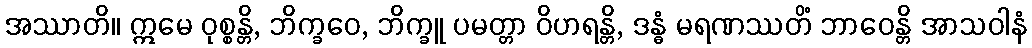
အဿာတိ။ ဣမေ ဝုစ္စန္တိ, ဘိက္ခဝေ, ဘိက္ခူ ပမတ္တာ ဝိဟရန္တိ, ဒန္ဓံ မရဏဿတိံ ဘာဝေန္တိ အာသဝါနံ